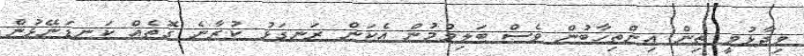
ވިދާޅުވީ ތިން އިންތިހާބުން ވެސް ބަލިވުމުން އެކަން ރަނގަޅު ކުރާނެ ގޮތެއް ކަނޑަނޭޅުން